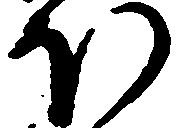
ほ